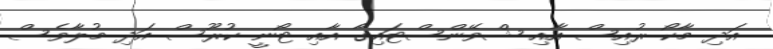
އަދި މާކޯ ރުއިސް އާއި ޝްވޭންސްޓައިގާ އާއި ޓޯނީ ކުރޫސް އަދި މުލާވެސް